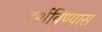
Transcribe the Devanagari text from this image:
दर्शविण्यास